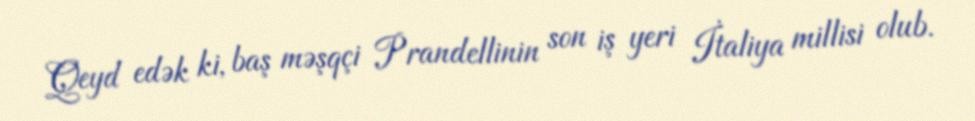
Qeyd edək ki, baş məşqçi Prandellinin son iş yeri İtaliya millisi olub.